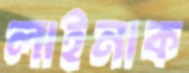
লাইনাক